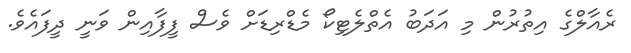
ރެއާލްގެ އިތުރުން މި އަދަބު އެތްލެޓިކޯ މެޑްރިޑަށް ވެސް ފީފާއިން ވަނީ ދީފައެވެ.